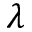
\lambda